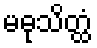
မဓုသိတ္ထံ